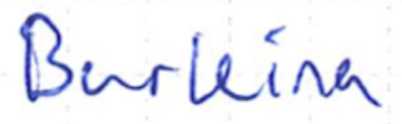
Text: Burkina
Cross-out: clean
Writing tool: ballpoint